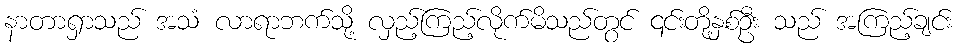
နာတာရှာသည် အသံ လာရာဘက်သို့ လှည့်ကြည့်လိုက်မိသည်တွင် ၎င်းတို့နှစ်ဦး သည် အကြည့်ချင်း